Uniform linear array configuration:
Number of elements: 4
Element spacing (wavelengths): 0.75
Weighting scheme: exponential
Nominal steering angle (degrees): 60
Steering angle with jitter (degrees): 61.042
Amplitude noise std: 0.05
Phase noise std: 0.05

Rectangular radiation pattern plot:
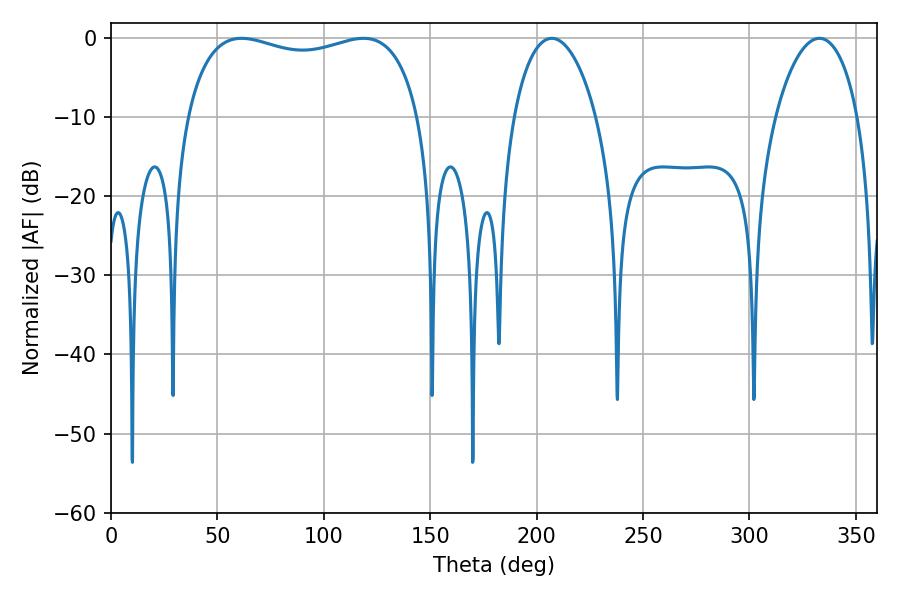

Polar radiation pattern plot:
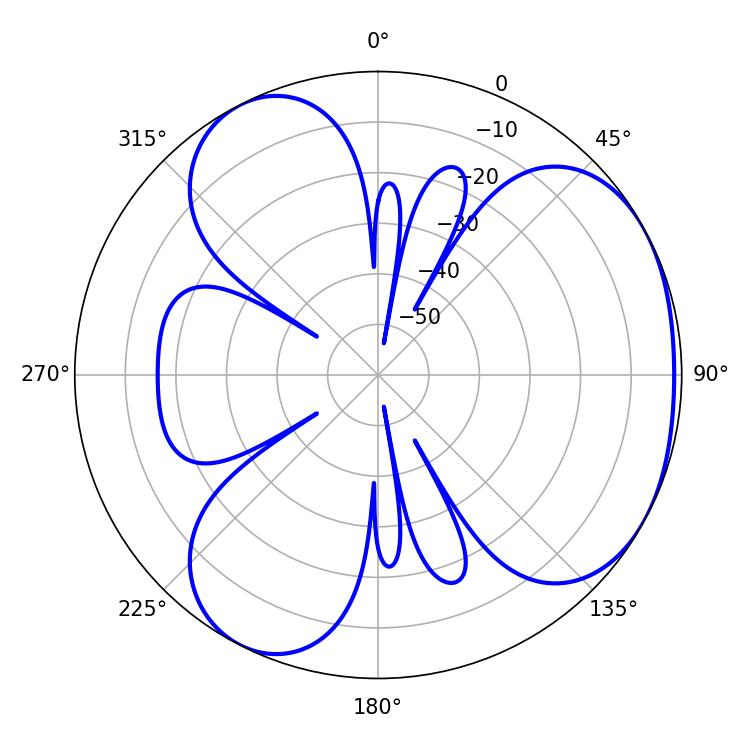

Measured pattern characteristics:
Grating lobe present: TRUE
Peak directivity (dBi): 3.683
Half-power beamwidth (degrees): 89.64
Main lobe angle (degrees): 61.38